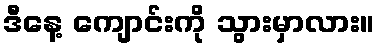
ဒီနေ့ ကျောင်းကို သွားမှာလား။